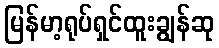
မြန်မာ့ရုပ်ရှင်ထူးချွန်ဆု